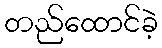
တည်ထောင်ခဲ့